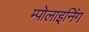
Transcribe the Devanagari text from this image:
म्पोलाइनिंग